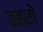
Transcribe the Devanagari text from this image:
ठहरो